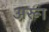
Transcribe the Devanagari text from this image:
अरूा